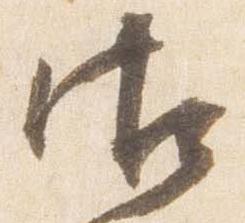
御